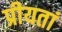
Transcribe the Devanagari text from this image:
प्रीयतां